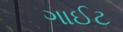
ગાઈટ